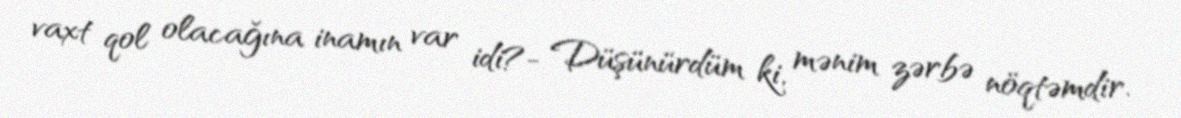
vaxt qol olacağına inamın var idi?- Düşünürdüm ki, mənim zərbə nöqtəmdir.